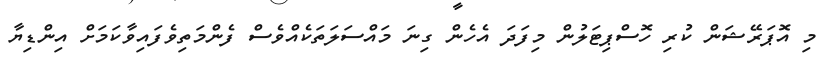
މި އޮޕަރޭޝަން ކުރި ހޮސްޕިޓަލުން މިފަދަ އެހެން ގިނަ މައްސަލަތަކެއްވެސް ފެންމަތިވެފައިވާކަމަށް އިންޑިޔާ